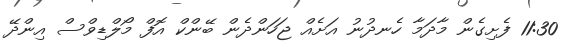
11:30 ފެށިގެން މާދަމާ ހެނދުނު އަށެއް ޖަހަންދެން ބޭންކް އޮފް މޯލްޑިވްސް އިންދޭ